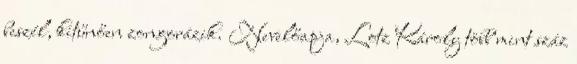
beszél, kitűnően zongorázik. Nevelőapja, Lotz Károly több mint száz